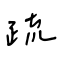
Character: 疏